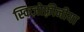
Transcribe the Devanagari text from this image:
स्किज़ोफ़्रीनीया